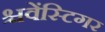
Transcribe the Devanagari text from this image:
श्चवेंस्टिगर